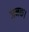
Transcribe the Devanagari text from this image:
जनक।